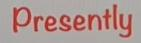
Presently